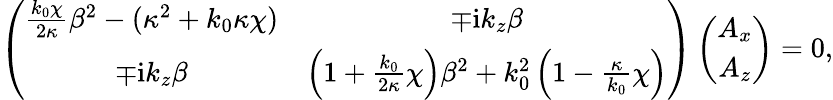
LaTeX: \left(\begin{array}{cc}{\frac{k_{0}\chi}{2\kappa}\beta^{2}-(\kappa^{2}+k_{0}\kappa\chi)}&{\mp\mathrm{i}k_{z}\beta}\\ {\mp\mathrm{i}k_{z}\beta}&{\left(1+\frac{k_{0}}{2\kappa}\chi\right)\beta^{2}+k_{0}^{2}\left(1-\frac{\kappa}{k_{0}}\chi\right)}\end{array}\right)\left(\begin{array}{c}{A_{x}}\\ {A_{z}}\end{array}\right)=0,